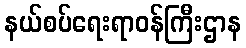
နယ်စပ်ရေးရာဝန်ကြီးဌာန